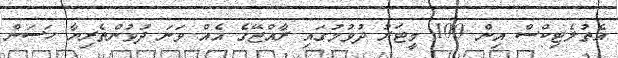
އެތުލެޓިކްސް އިން 100 މީޓަރު ދުވުމުގައި ރާއްޖޭގެ އެއް ވަނަ ދުވުންތެރިޔާ ހަސަން